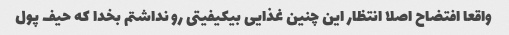
واقعا افتضاح اصلا انتظار این چنین غذایی بیکیفیتی رو نداشتم بخدا که حیف پول